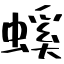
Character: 螇